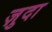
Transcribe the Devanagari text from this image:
ज़ुदा